Vaccination United Provinces of Agra and Oudh 1902-1913 - 1902-1913
Year: 1902
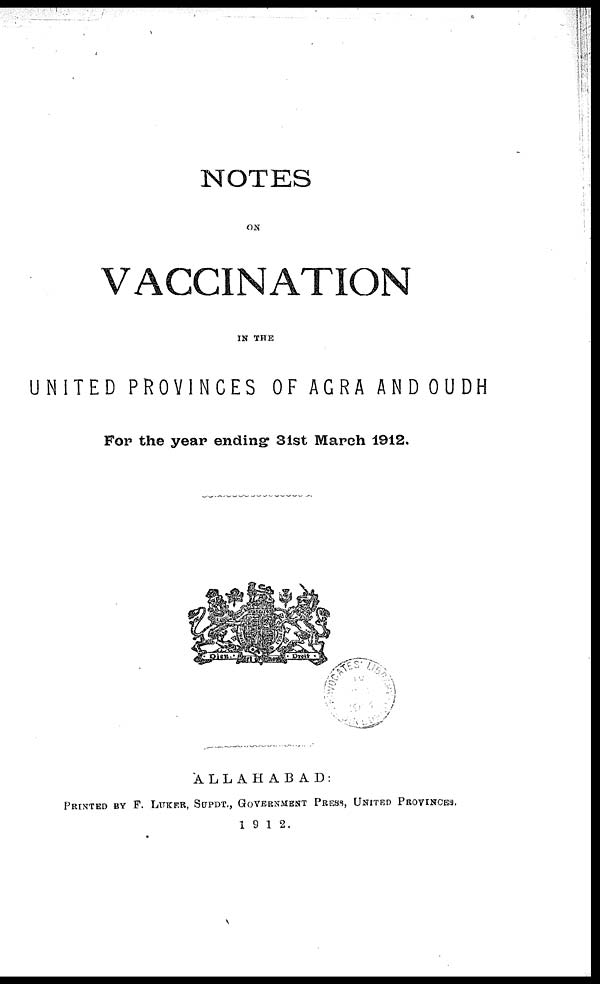
NOTES
ON
VACCINATION
IN THE
UNITED PROVINCES OF AGRA AND OUDH
For the year ending 31st March 1912.
ALLAHABAD:
PRINTED BY F. LUKAR, SUPDT., GOVERNMENT PRESS, UNITED PROVINCES.
1912.